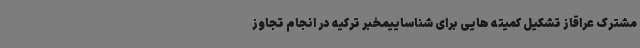
مشترک عراقاز تشکیل کمیته هایی برای شناساییمخبر ترکیه در انجام تجاوز